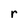
Character: r